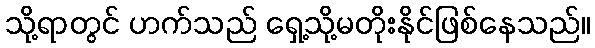
သို့ရာတွင် ဟက်သည် ရှေ့သို့မတိုးနိုင်ဖြစ်နေသည်။